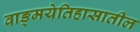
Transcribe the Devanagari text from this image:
वाङ्‌मयेतिहासातील